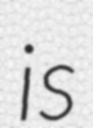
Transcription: is